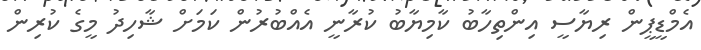
އެމްޑީޕީން ރިޔާސީ އިންތިހާބު ކާމިޔާބު ކުރާނީ އެއްބުރުން ކަމަށް ޝާހިދު މީގެ ކުރިން